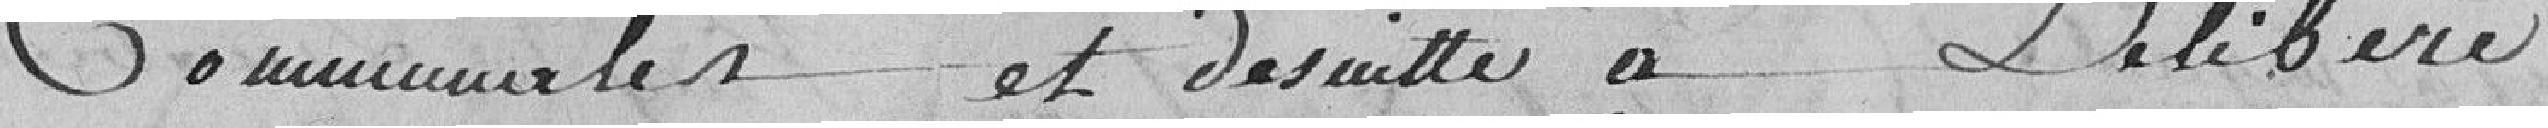
Communales et de suite a délibéré